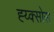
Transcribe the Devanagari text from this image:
ह्य्क्सोस